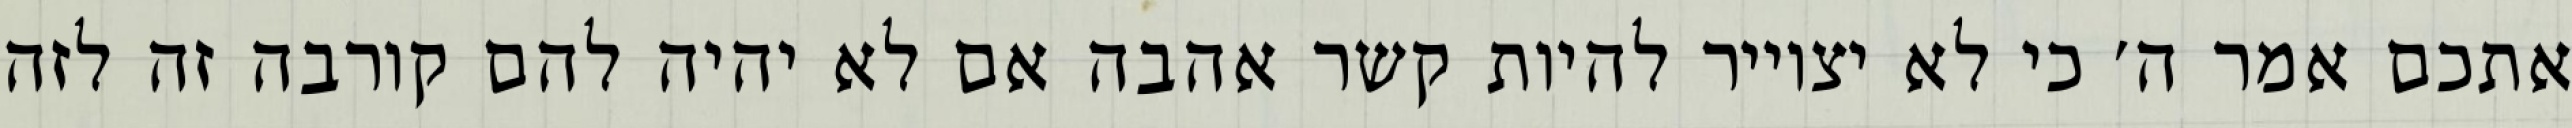
אתכם אמר ה׳ כי לא יצוייר להיות קשר אהבה אם לא יהיה להם קורבה זה לזה